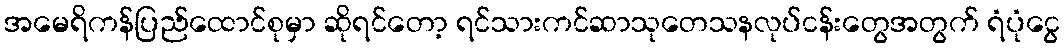
အမေရိကန်ပြည်ထောင်စုမှာ ဆိုရင်တော့ ရင်သားကင်ဆာသုတေသနလုပ်ငန်းတွေအတွက် ရံပုံငွေ